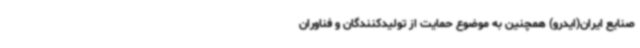
صنایع ایران(ایدرو) همچنین به موضوع حمایت از تولیدکنندگان و فناوران